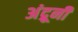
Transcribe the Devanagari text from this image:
अंद्रूनी